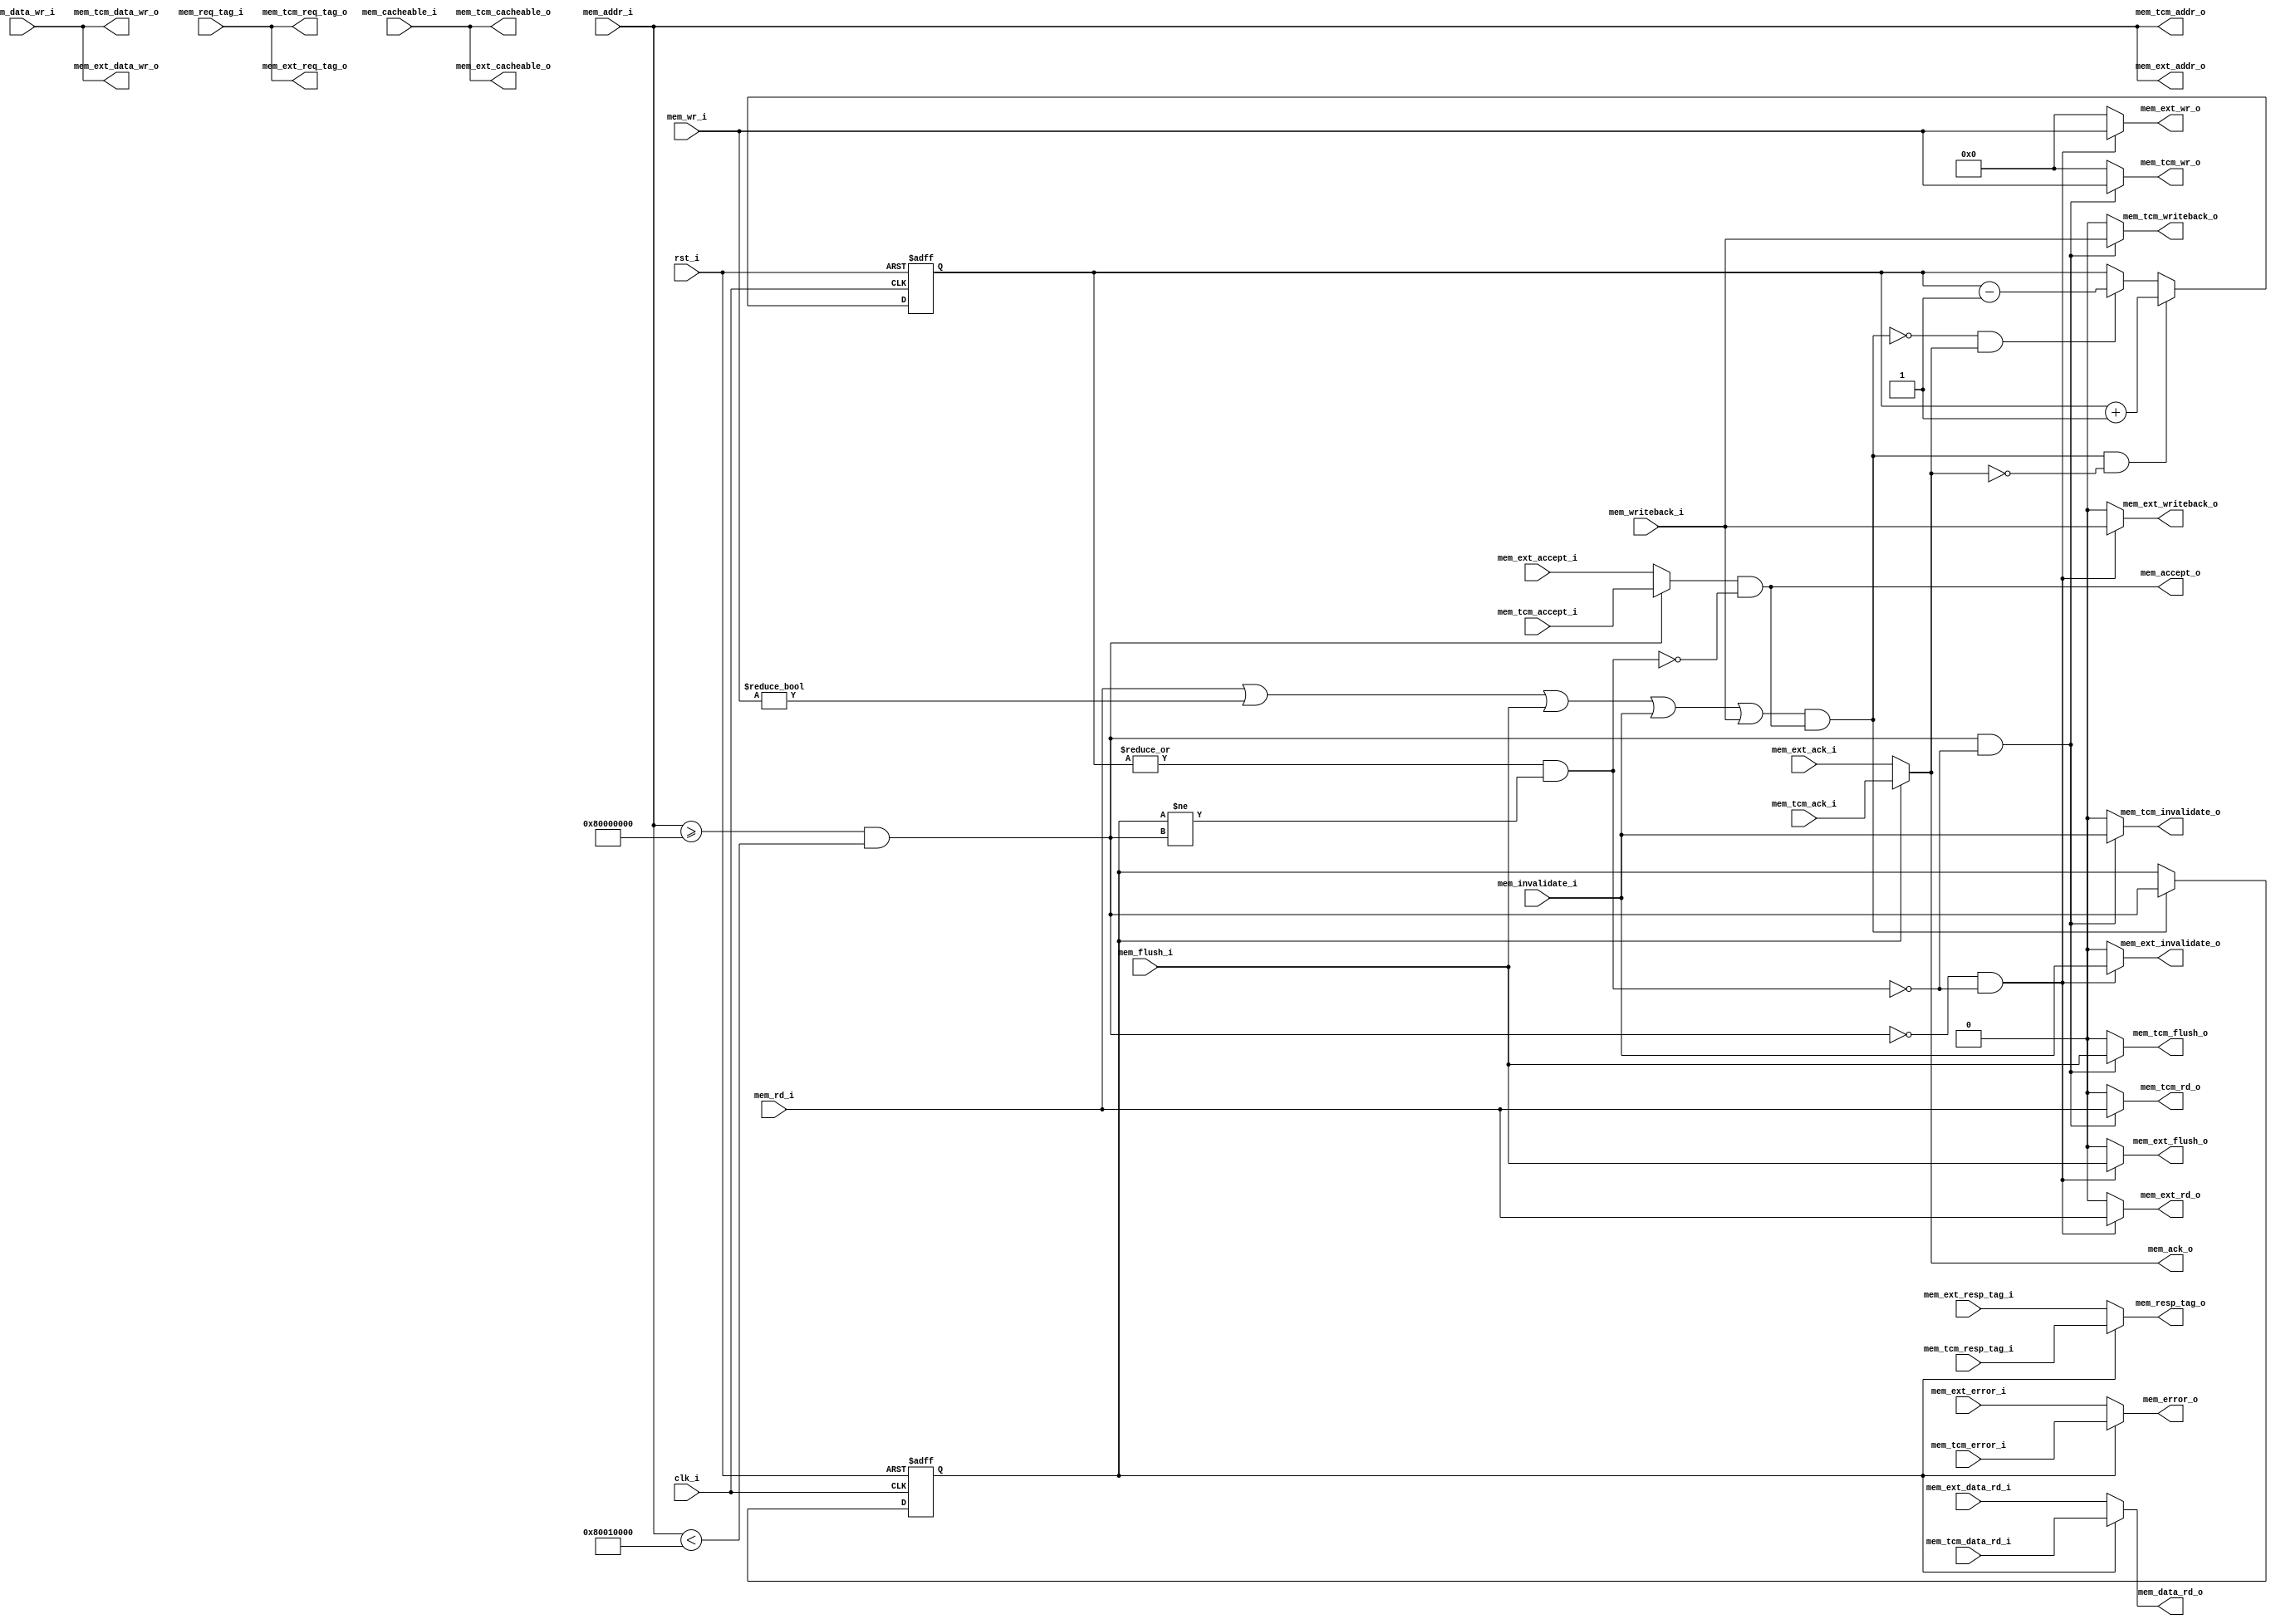
//-----------------------------------------------------------------
//                       XC6 Bus Pirate
//                           V0.2
//                     Ultra-Embedded.com
//                     Copyright 2013-2020
//
//
//                         License: GPL
// If you would like a version with a more permissive license for
// use in closed source commercial applications please contact me
// for details.
//-----------------------------------------------------------------
//
// This file is open source HDL; you can redistribute it and/or 
// modify it under the terms of the GNU General Public License as 
// published by the Free Software Foundation; either version 2 of 
// the License, or (at your option) any later version.
//
// This file is distributed in the hope that it will be useful,
// but WITHOUT ANY WARRANTY; without even the implied warranty of
// MERCHANTABILITY or FITNESS FOR A PARTICULAR PURPOSE.  See the
// GNU General Public License for more details.
//
// You should have received a copy of the GNU General Public 
// License along with this file; if not, write to the Free Software
// Foundation, Inc., 59 Temple Place, Suite 330, Boston, MA 02111-1307
// USA
//-----------------------------------------------------------------
module dport_mux
//-----------------------------------------------------------------
// Params
//-----------------------------------------------------------------
#(
     parameter TCM_MEM_BASE     = 32'h80000000
)
//-----------------------------------------------------------------
// Ports
//-----------------------------------------------------------------
(
    // Inputs
     input           clk_i
    ,input           rst_i
    ,input  [ 31:0]  mem_addr_i
    ,input  [ 31:0]  mem_data_wr_i
    ,input           mem_rd_i
    ,input  [  3:0]  mem_wr_i
    ,input           mem_cacheable_i
    ,input  [ 10:0]  mem_req_tag_i
    ,input           mem_invalidate_i
    ,input           mem_writeback_i
    ,input           mem_flush_i
    ,input  [ 31:0]  mem_tcm_data_rd_i
    ,input           mem_tcm_accept_i
    ,input           mem_tcm_ack_i
    ,input           mem_tcm_error_i
    ,input  [ 10:0]  mem_tcm_resp_tag_i
    ,input  [ 31:0]  mem_ext_data_rd_i
    ,input           mem_ext_accept_i
    ,input           mem_ext_ack_i
    ,input           mem_ext_error_i
    ,input  [ 10:0]  mem_ext_resp_tag_i

    // Outputs
    ,output [ 31:0]  mem_data_rd_o
    ,output          mem_accept_o
    ,output          mem_ack_o
    ,output          mem_error_o
    ,output [ 10:0]  mem_resp_tag_o
    ,output [ 31:0]  mem_tcm_addr_o
    ,output [ 31:0]  mem_tcm_data_wr_o
    ,output          mem_tcm_rd_o
    ,output [  3:0]  mem_tcm_wr_o
    ,output          mem_tcm_cacheable_o
    ,output [ 10:0]  mem_tcm_req_tag_o
    ,output          mem_tcm_invalidate_o
    ,output          mem_tcm_writeback_o
    ,output          mem_tcm_flush_o
    ,output [ 31:0]  mem_ext_addr_o
    ,output [ 31:0]  mem_ext_data_wr_o
    ,output          mem_ext_rd_o
    ,output [  3:0]  mem_ext_wr_o
    ,output          mem_ext_cacheable_o
    ,output [ 10:0]  mem_ext_req_tag_o
    ,output          mem_ext_invalidate_o
    ,output          mem_ext_writeback_o
    ,output          mem_ext_flush_o
);



//-----------------------------------------------------------------
// Dcache_if mux
//-----------------------------------------------------------------
wire hold_w;

/* verilator lint_off UNSIGNED */
wire tcm_access_w = (mem_addr_i >= TCM_MEM_BASE && mem_addr_i < (TCM_MEM_BASE + 32'd65536));
/* verilator lint_on UNSIGNED */

reg       tcm_access_q;
reg [4:0] pending_q;

assign mem_tcm_addr_o       = mem_addr_i;
assign mem_tcm_data_wr_o    = mem_data_wr_i;
assign mem_tcm_rd_o         = (tcm_access_w & ~hold_w) ? mem_rd_i : 1'b0;
assign mem_tcm_wr_o         = (tcm_access_w & ~hold_w) ? mem_wr_i : 4'b0;
assign mem_tcm_cacheable_o  = mem_cacheable_i;
assign mem_tcm_req_tag_o    = mem_req_tag_i;
assign mem_tcm_invalidate_o = (tcm_access_w & ~hold_w) ? mem_invalidate_i : 1'b0;
assign mem_tcm_writeback_o  = (tcm_access_w & ~hold_w) ? mem_writeback_i : 1'b0;
assign mem_tcm_flush_o      = (tcm_access_w & ~hold_w) ? mem_flush_i : 1'b0;

assign mem_ext_addr_o       = mem_addr_i;
assign mem_ext_data_wr_o    = mem_data_wr_i;
assign mem_ext_rd_o         = (~tcm_access_w & ~hold_w) ? mem_rd_i : 1'b0;
assign mem_ext_wr_o         = (~tcm_access_w & ~hold_w) ? mem_wr_i : 4'b0;
assign mem_ext_cacheable_o  = mem_cacheable_i;
assign mem_ext_req_tag_o    = mem_req_tag_i;
assign mem_ext_invalidate_o = (~tcm_access_w & ~hold_w) ? mem_invalidate_i : 1'b0;
assign mem_ext_writeback_o  = (~tcm_access_w & ~hold_w) ? mem_writeback_i : 1'b0;
assign mem_ext_flush_o      = (~tcm_access_w & ~hold_w) ? mem_flush_i : 1'b0;

assign mem_accept_o         =(tcm_access_w ? mem_tcm_accept_i   : mem_ext_accept_i) & !hold_w;
assign mem_data_rd_o        = tcm_access_q ? mem_tcm_data_rd_i  : mem_ext_data_rd_i;
assign mem_ack_o            = tcm_access_q ? mem_tcm_ack_i      : mem_ext_ack_i;
assign mem_error_o          = tcm_access_q ? mem_tcm_error_i    : mem_ext_error_i;
assign mem_resp_tag_o       = tcm_access_q ? mem_tcm_resp_tag_i : mem_ext_resp_tag_i;

wire   request_w            = mem_rd_i || mem_wr_i != 4'b0 || mem_flush_i || mem_invalidate_i || mem_writeback_i;

reg [4:0] pending_r;
always @ *
begin
    pending_r = pending_q;

    if ((request_w && mem_accept_o) && !mem_ack_o)
        pending_r = pending_r + 5'd1;
    else if (!(request_w && mem_accept_o) && mem_ack_o)
        pending_r = pending_r - 5'd1;
end

always @ (posedge clk_i or posedge rst_i)
if (rst_i)
    pending_q <= 5'b0;
else
    pending_q <= pending_r;

always @ (posedge clk_i or posedge rst_i)
if (rst_i)
    tcm_access_q <= 1'b0;
else if (request_w && mem_accept_o)
    tcm_access_q <= tcm_access_w;

assign hold_w = (|pending_q) && (tcm_access_q != tcm_access_w);



endmodule